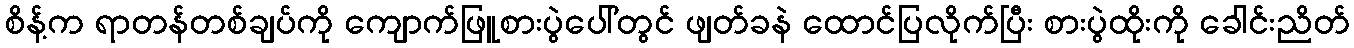
စိန့်က ရာတန်တစ်ချပ်ကို ကျောက်ဖြူစားပွဲပေါ်တွင် ဖျတ်ခနဲ ထောင်ပြလိုက်ပြီး စားပွဲထိုးကို ခေါင်းညိတ်